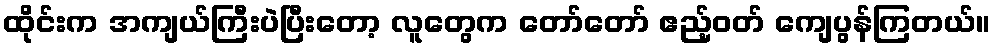
ထိုင်းက အကျယ်ကြီးပဲပြီးတော့ လူတွေက တော်တော် ဧည့်ဝတ် ကျေပွန်ကြတယ်။